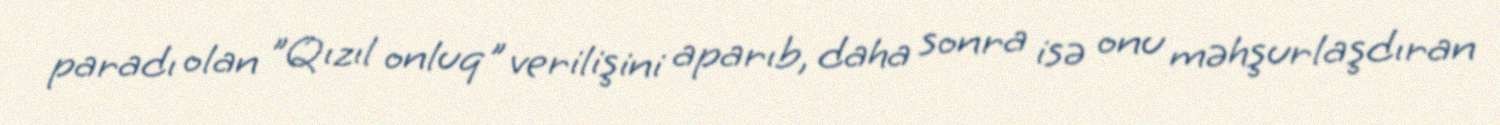
paradı olan "Qızıl onluq" verilişini aparıb, daha sonra isə onu məhşurlaşdıran